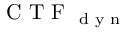
\textrm { C T F } _ { \textrm { d y n } }